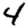
Digit: 4